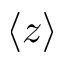
\langle z \rangle